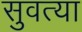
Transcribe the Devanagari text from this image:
सुवत्या